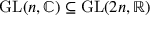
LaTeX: \mathrm { G L } ( n , \mathbb { C } ) \subseteq \mathrm { G L } ( 2 n , \mathbb { R } )